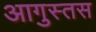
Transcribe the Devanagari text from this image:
आगुस्तस